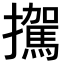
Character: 𪯀